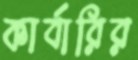
কার্বারির